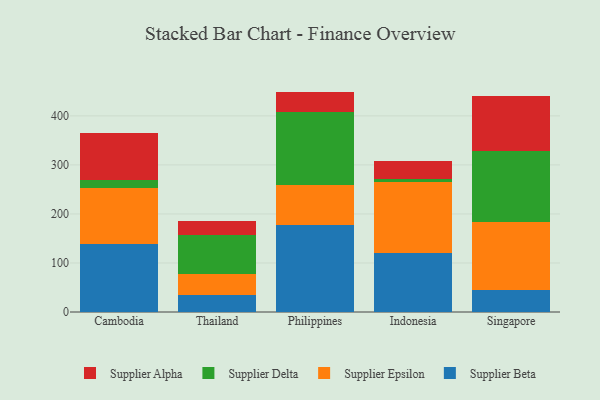
{"axis": {"x": "Country", "y": "Demand Index"}, "legend": ["Supplier Alpha", "Supplier Beta", "Supplier Delta", "Supplier Epsilon"], "data": [{"x": "Cambodia", "y": 138.1, "type": "Supplier Beta"}, {"x": "Cambodia", "y": 114.6, "type": "Supplier Epsilon"}, {"x": "Cambodia", "y": 16.9, "type": "Supplier Delta"}, {"x": "Cambodia", "y": 94.8, "type": "Supplier Alpha"}, {"x": "Thailand", "y": 35.6, "type": "Supplier Beta"}, {"x": "Thailand", "y": 42.1, "type": "Supplier Epsilon"}, {"x": "Thailand", "y": 80.0, "type": "Supplier Delta"}, {"x": "Thailand", "y": 27.6, "type": "Supplier Alpha"}, {"x": "Philippines", "y": 177.3, "type": "Supplier Beta"}, {"x": "Philippines", "y": 80.9, "type": "Supplier Epsilon"}, {"x": "Philippines", "y": 149.8, "type": "Supplier Delta"}, {"x": "Philippines", "y": 41.5, "type": "Supplier Alpha"}, {"x": "Indonesia", "y": 120.5, "type": "Supplier Beta"}, {"x": "Indonesia", "y": 143.8, "type": "Supplier Epsilon"}, {"x": "Indonesia", "y": 6.7, "type": "Supplier Delta"}, {"x": "Indonesia", "y": 36.2, "type": "Supplier Alpha"}, {"x": "Singapore", "y": 45.0, "type": "Supplier Beta"}, {"x": "Singapore", "y": 138.1, "type": "Supplier Epsilon"}, {"x": "Singapore", "y": 146.0, "type": "Supplier Delta"}, {"x": "Singapore", "y": 111.5, "type": "Supplier Alpha"}]}